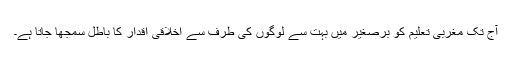
آج تک مغربی تعلیم کو برّصغیر میں بہت سے لوگوں کی طرف سے اخلاقی اقدار کا باطل سمجھا جاتا ہے۔